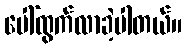
ပေါ်ထွက်လာခဲ့ပါတယ်။